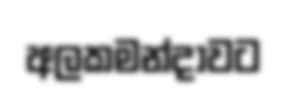
අලකමන්දාවට